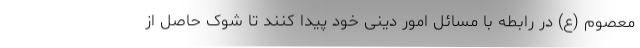
معصوم (ع) در رابطه با مسائل امور دینی خود پیدا کنند تا شوک حاصل از